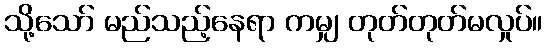
သို့သော် မည်သည့်နေရာ ကမျှ တုတ်တုတ်မလှုပ်။